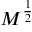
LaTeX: M ^ { \frac { 1 } { 2 } }